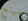
مينج